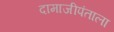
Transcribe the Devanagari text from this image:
दामाजीपंताला